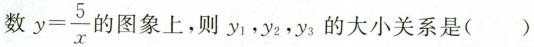
数 $$ y= \frac{5}{x}$$ 图象上，则y_{ 1 }，y_{ 2 }，y_{ 3 }的大小关系是( )